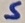
Text: S